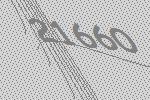
21660